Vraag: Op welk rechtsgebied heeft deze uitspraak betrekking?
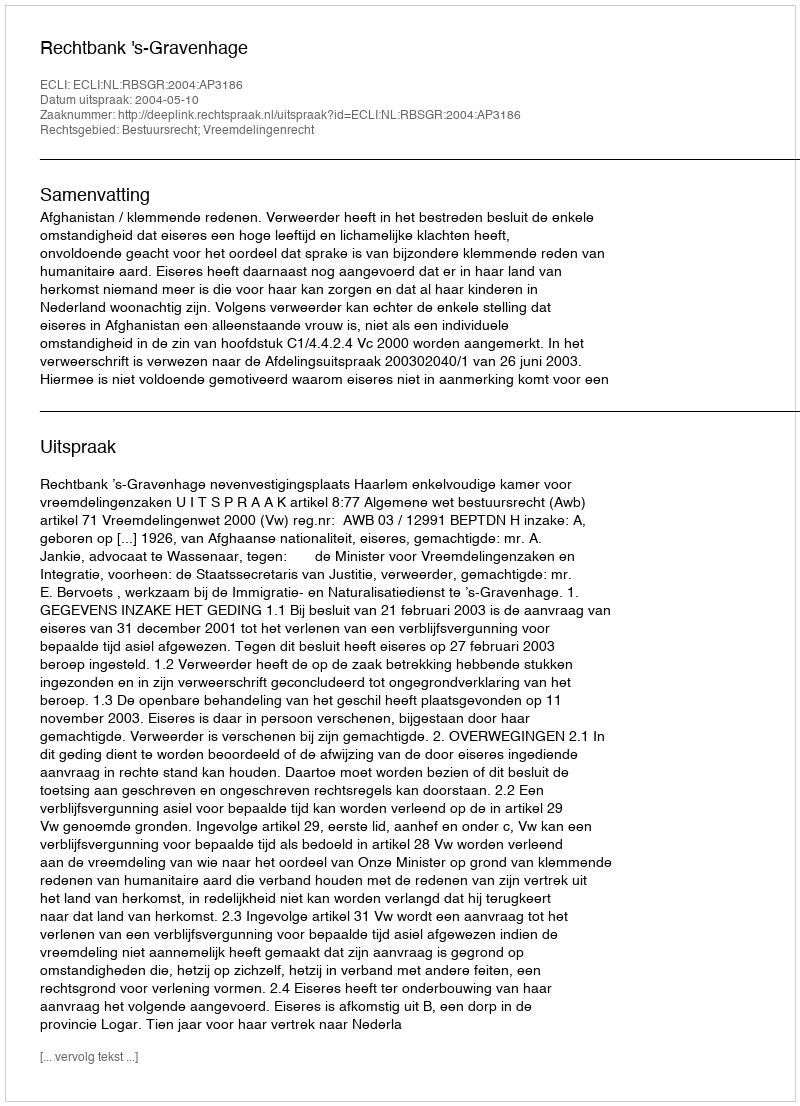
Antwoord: Bestuursrecht; Vreemdelingenrecht